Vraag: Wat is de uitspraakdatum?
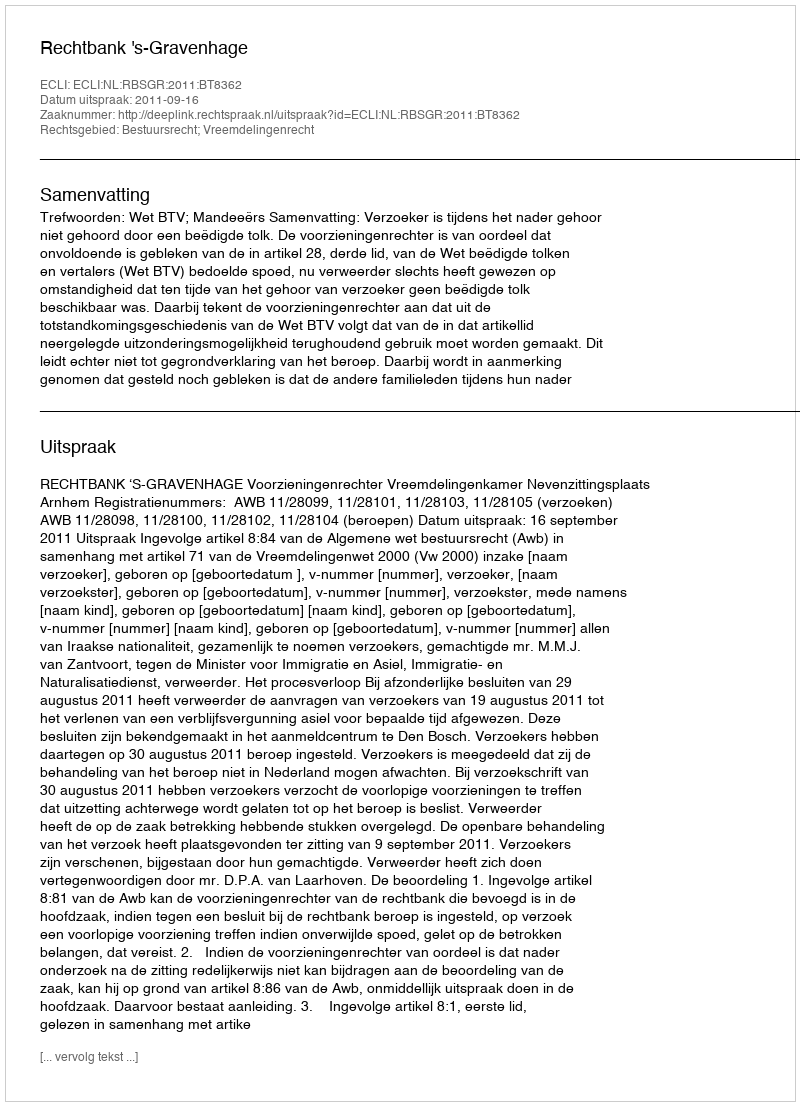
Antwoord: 2011-09-16